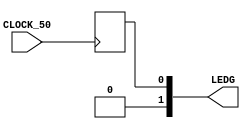
module piscaVisivel(
	input CLOCK_50,
	output [1:0]LEDG
);

	reg [32:0] counter;
	reg saida;
	assign LEDG = saida;

	always@(posedge CLOCK_50)begin
		counter <= counter + 1;
		saida <= LEDG[24];
	end

endmodule